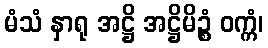
မံသံ နှာရု အဋ္ဌိ အဋ္ဌိမိဉ္စံ ဝက္ကံ၊